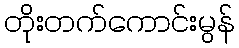
တိုးတက်ကောင်းမွန်